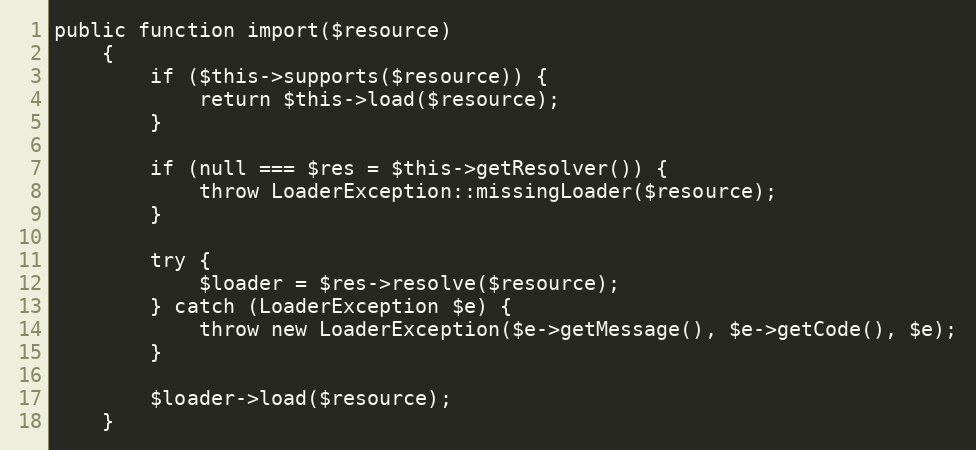
Language: PHP
public function import($resource)
    {
        if ($this->supports($resource)) {
            return $this->load($resource);
        }

        if (null === $res = $this->getResolver()) {
            throw LoaderException::missingLoader($resource);
        }

        try {
            $loader = $res->resolve($resource);
        } catch (LoaderException $e) {
            throw new LoaderException($e->getMessage(), $e->getCode(), $e);
        }

        $loader->load($resource);
    }